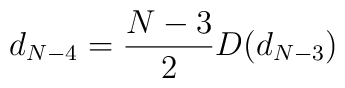
d_{N-4} = \frac{N-3}{2} D(d_{N-3})